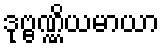
ဒုဗ္ဗဏ္ဏိယမာယာ